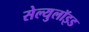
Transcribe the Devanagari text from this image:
सेल्युलॉइड